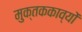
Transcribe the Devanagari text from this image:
मुक्तककाव्यों